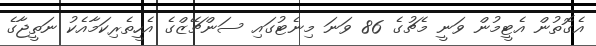
އެގޮތުން އެޓީމުން ވަނީ މެޗުގެ 86 ވަނަ މިނެޓުގައި ސަންޗޭޒްގެ އެހީތެރިކަމާއެކު ނަތީޖާގެ